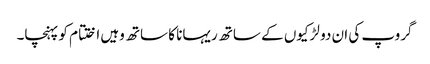
گروپ کی ان دو لڑکیوں کے ساتھ ریہانا کا ساتھ وہیں اختتام کو پہنچا۔